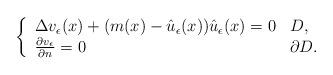
LaTeX: \begin{align*}\left\{\begin{array}{ll}{\Delta} v_\epsilon(x) + (m(x) - \hat u_\epsilon(x))\hat u_\epsilon(x) = 0&D,\\\frac{\partial v_\epsilon}{\partial n} = 0&\partial D.\end{array}\right.\end{align*}